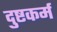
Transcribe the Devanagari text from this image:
दुष्टकर्म